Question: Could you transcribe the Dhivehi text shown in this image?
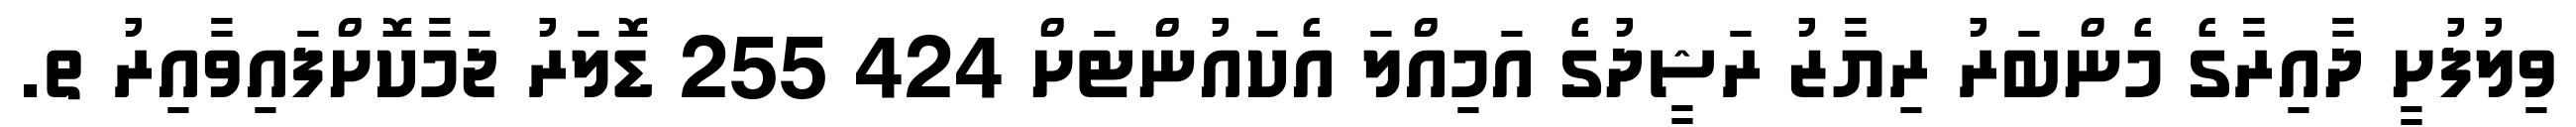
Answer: ވިލުފުށީ ދާއިރާގެ މެންބަރު ރިޔާޒު ރަޝީދުގެ އަމިއްލަ އެކައުންޓަށް 424 255 ޑޮލަރު ޖަމާކޮށްފައިވާއިރު ތ.